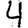
Digit: 4